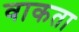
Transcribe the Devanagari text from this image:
वाकता